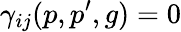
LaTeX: \gamma_{ij}(p,p^{\prime},g)=0